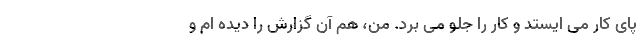
پای کار می ایستد و کار را جلو می برد. من، هم آن گزارش را دیده ام و